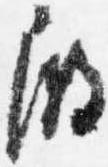
殿